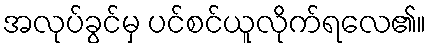
အလုပ်ခွင်မှ ပင်စင်ယူလိုက်ရလေ၏။